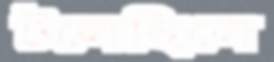
টলেছিলে